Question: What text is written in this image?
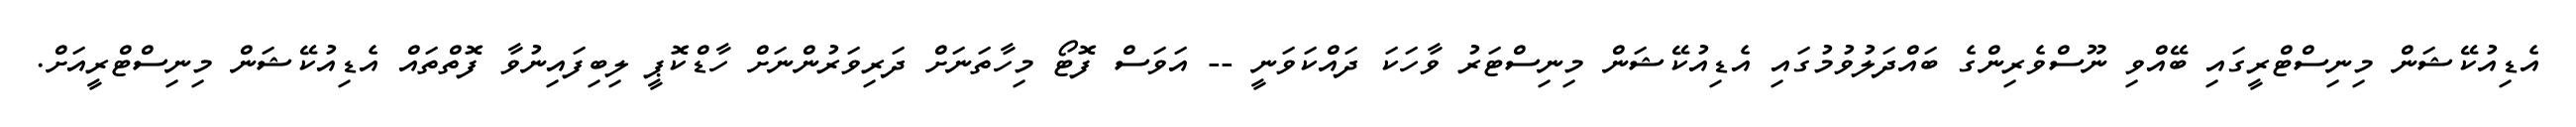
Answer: އެޑިއުކޭޝަން މިނިސްޓްރީގައި ބޭއްވި ނޫސްވެރިންގެ ބައްދަލުވުމުގައި އެޑިއުކޭޝަން މިނިސްޓަރު ވާހަކަ ދައްކަވަނީ -- އަވަސް ފޮޓޯ މިހާތަނަށް ދަރިވަރުންނަށް ހާޑްކޮޕީ ލިބިފައިނުވާ ފޮތްތައް އެޑިއުކޭޝަން މިނިސްޓްރީއަށް.